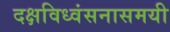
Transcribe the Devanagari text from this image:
दक्षविध्वंसनासमयी